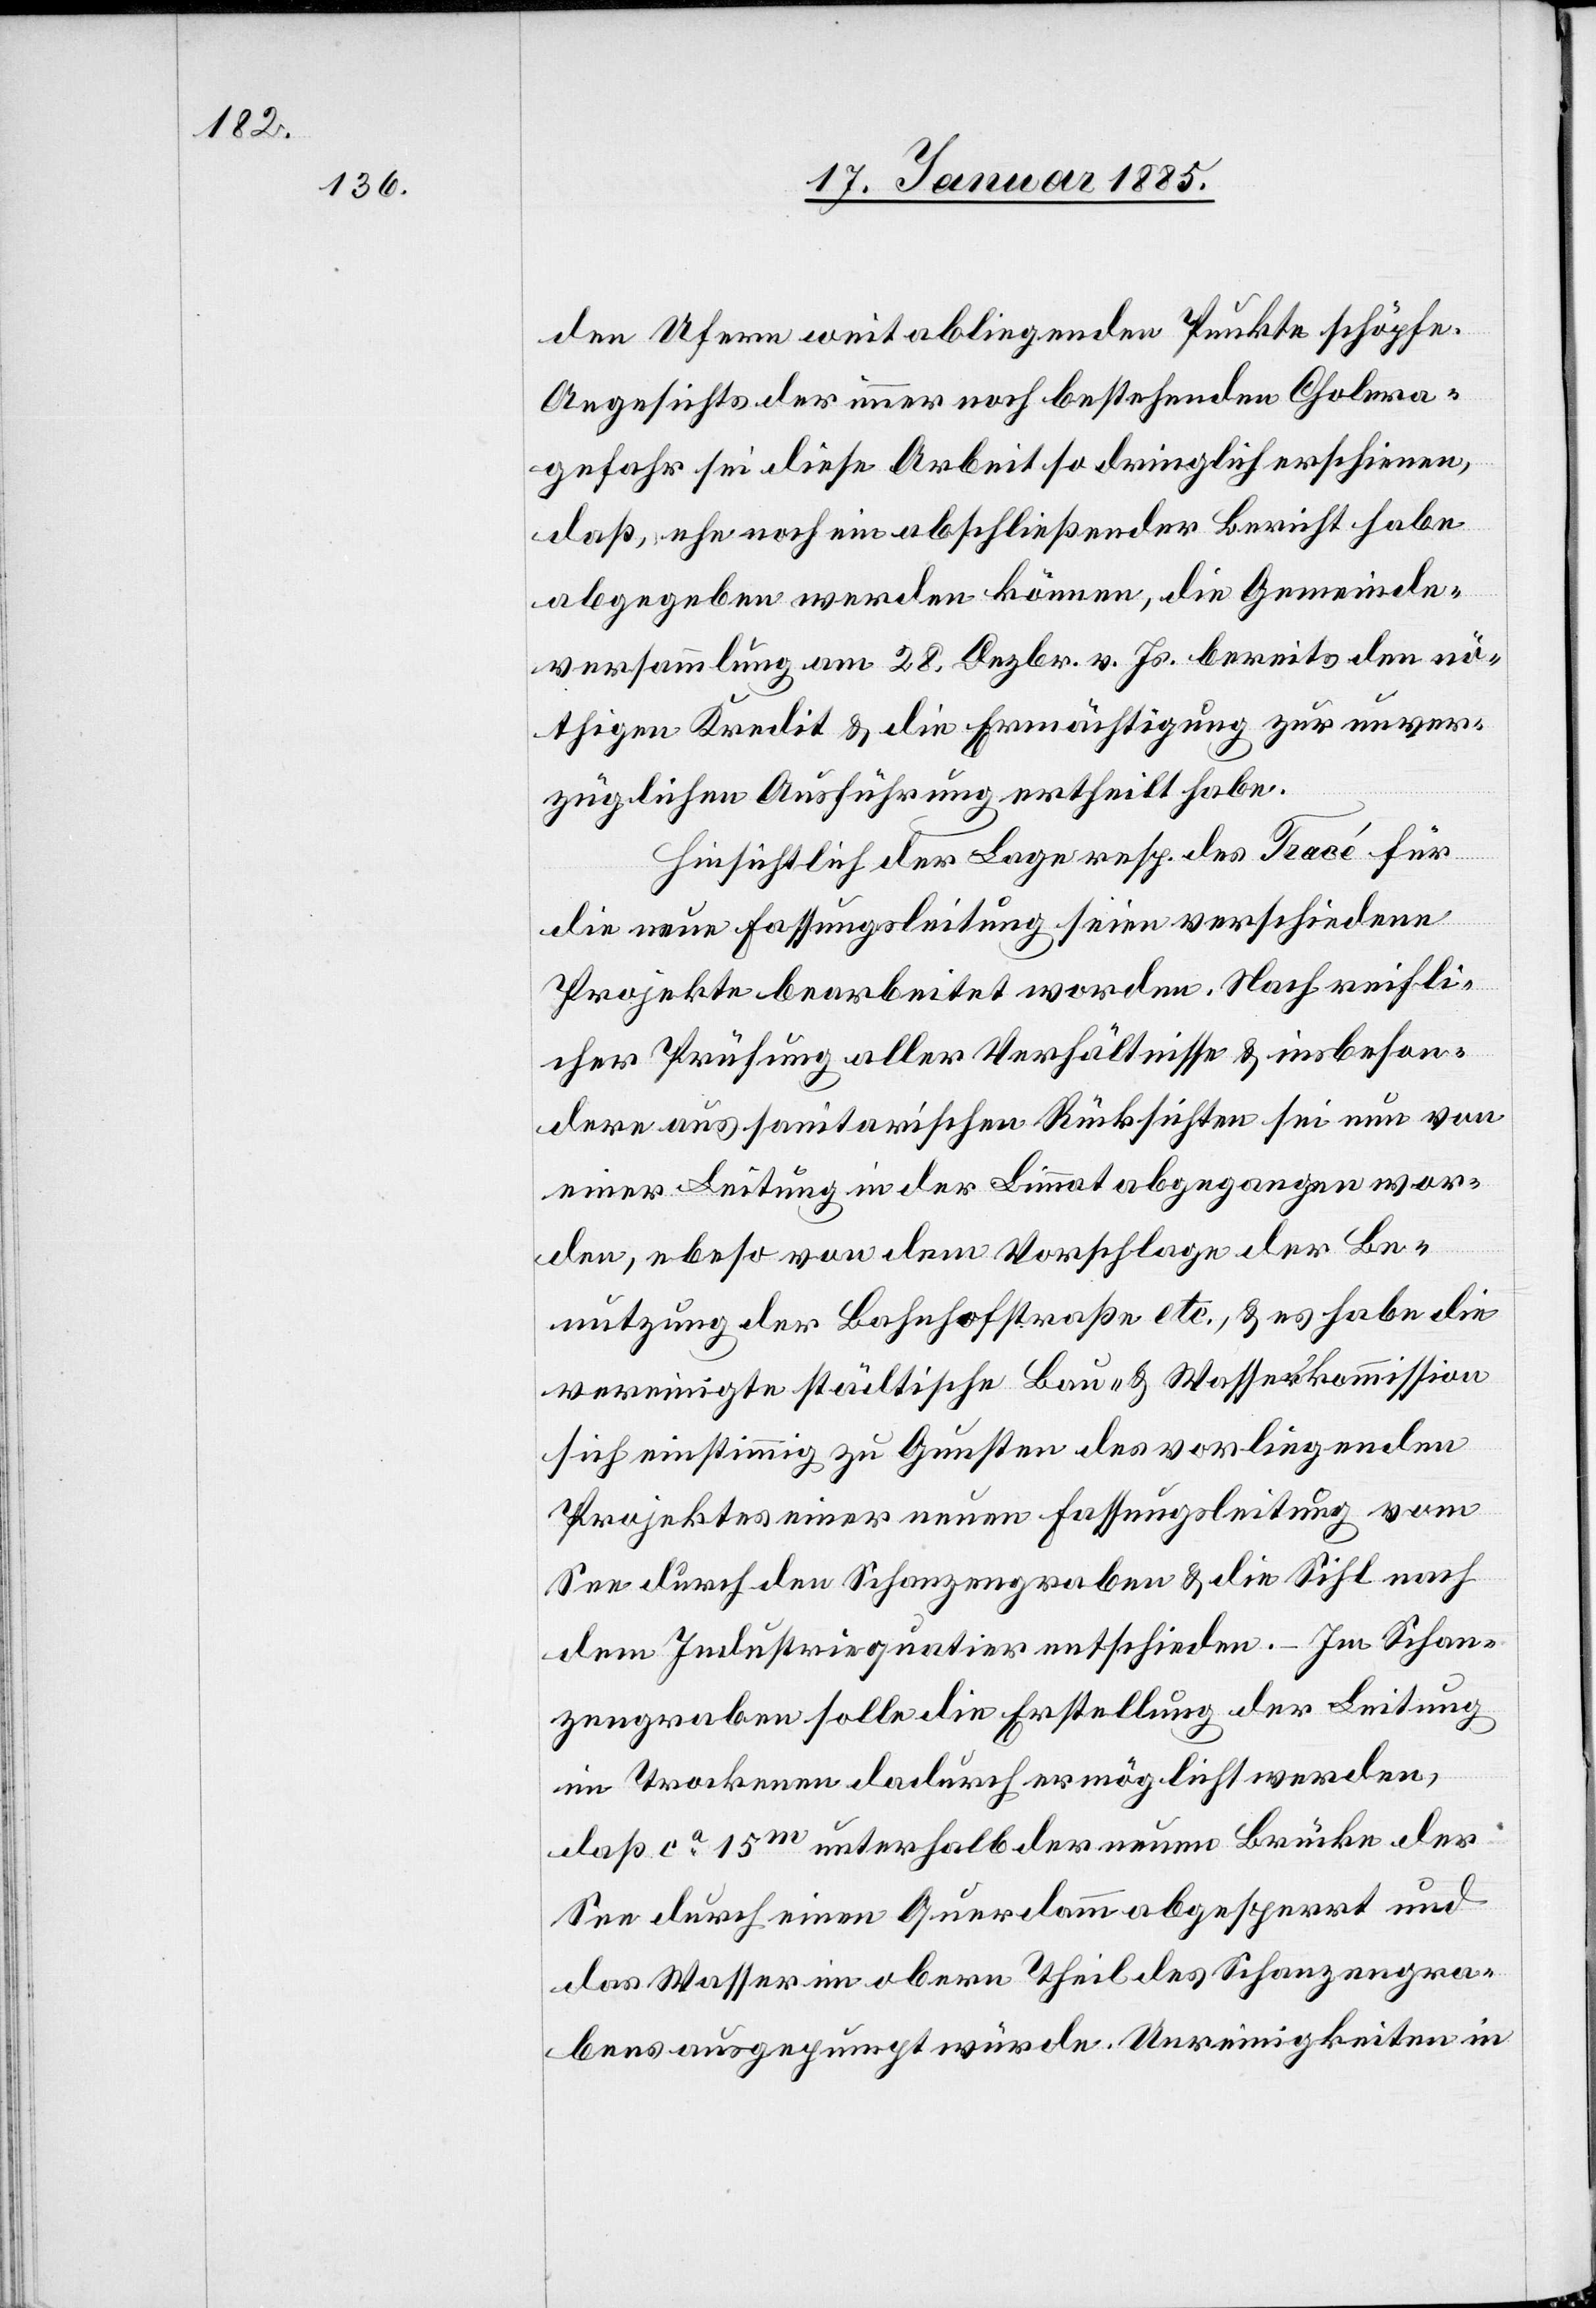
den Ufern weit abliegende Punkte schöpfe.
Angesichts der immer noch bestehenden Cholera¬
gefahr sei diese Arbeit so dringlich erschienen,
daß ehe noch ein abschließender Bericht habe
abgegeben werden können, die Gemeinde¬
versammlung am 28. Dezbr. v. Js. bereits den nö¬
thigen Kredit & die Ermächtigung zur unver¬
züglichen Ausführung ertheilt habe.
Hinsichtlich der Lage resp. des Tracé für
die neue Fassungsleitung seien verschiedene
Projekte bearbeitet worden. Nach reifli¬
cher Prüfung aller Verhältnisse & insbeson¬
dere aus sanitarischen Rücksichten sei nun von
einer Leitung in der Limmat abgegangen wor¬
den, ebe[n]so von dem Vorschlage der Be¬
nutzung der Bahnhofstraße etc., & es habe die
vereinigte städtische Bau- & Wasserkommission
sich einstimmig zu Gunsten des vorliegenden
Projektes einer neuen Fassungsleitung vom
See durch den Schanzengraben & die Sihl nach
dem Industriequartier entschieden. – Im Schan¬
zengraben solle die Erstellung der Leitung
im Trockenen dadurch ermöglicht werden,
daß ca 15 m unterhalb der neuen Brücke der
See durch einen Querdamm abgesperrt und
das Wasser im obern Theil des Schanzengra¬
bens ausgepumpt würde. Unreinigkeiten in